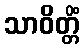
သာဝိတ္တိံ